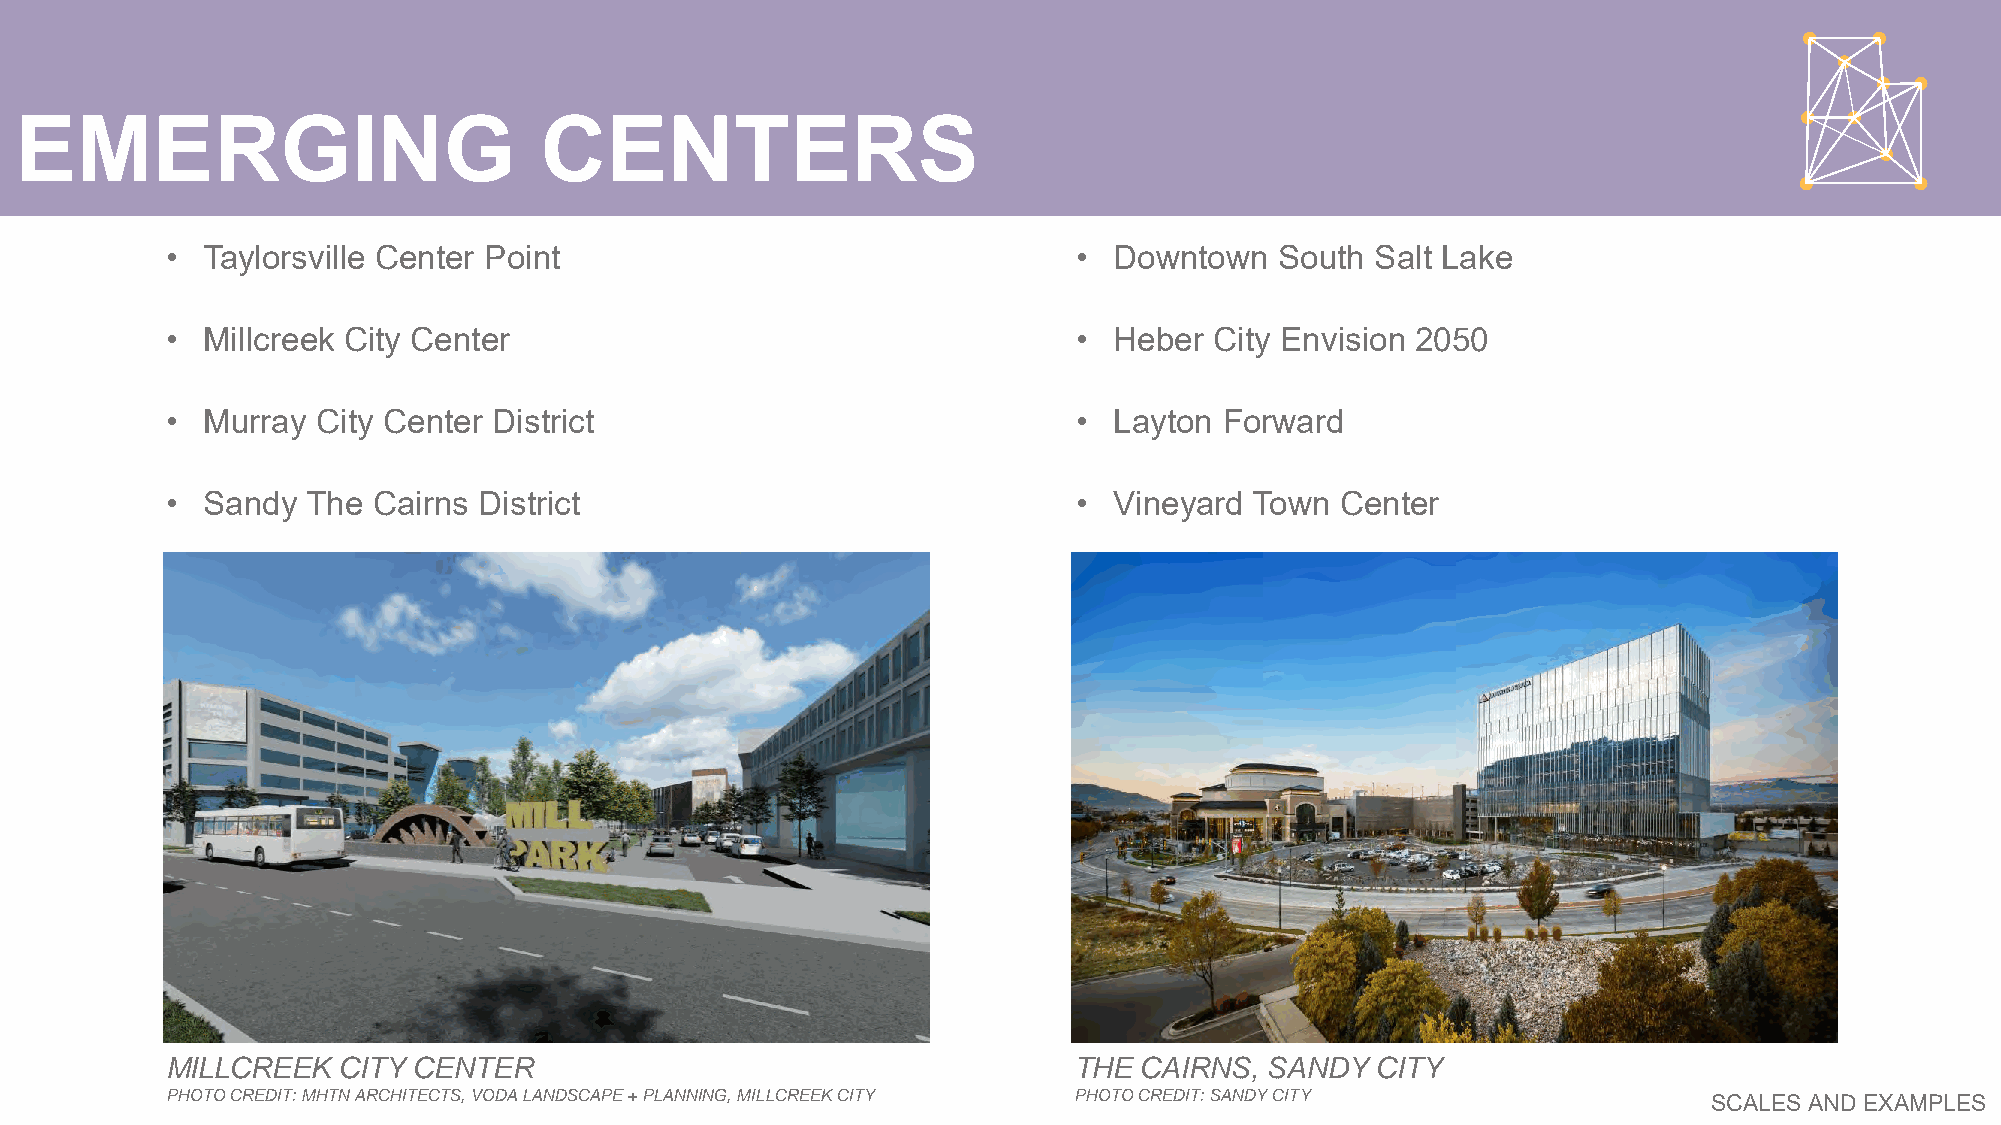
EMERGING                           CENTERS
 • Taylorsville Center Point                                 •  Downtown   South Salt Lake
 • Millcreek City Center                                     •  Heber City Envision 2050
 • Murray  City Center District                              •  Layton Forward
 • Sandy  The  Cairns District                               •  Vineyard Town  Center
 MILLCREEK  CITY CENTER                                      THE CAIRNS,  SANDY  CITY
 PHOTO CREDIT: MHTN ARCHITECTS, VODA LANDSCAPE + PLANNING, MILLCREEK CITY PHOTO CREDIT: SANDY CITY
 SCALES AND EXAMPLES